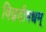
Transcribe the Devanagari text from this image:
विद्वदौषधम्